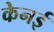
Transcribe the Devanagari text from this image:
केनई